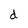
Character: d